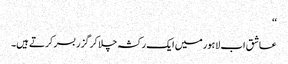
‘‘
عاشق اب لاہور میں ایک رکشہ چلا کر گزر بسر کرتے ہیں۔